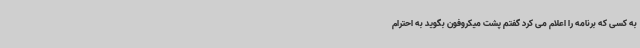
به کسی که برنامه را اعلام می کرد گفتم پشت میکروفون بگوید به احترام